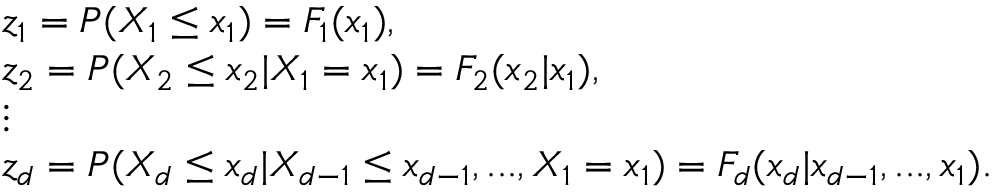
\begin{array} { r l } & { z _ { 1 } = P ( X _ { 1 } \leq x _ { 1 } ) = F _ { 1 } ( x _ { 1 } ) , } \\ & { z _ { 2 } = P ( X _ { 2 } \leq x _ { 2 } | X _ { 1 } = x _ { 1 } ) = F _ { 2 } ( x _ { 2 } | x _ { 1 } ) , } \\ & { \vdots } \\ & { z _ { d } = P ( X _ { d } \leq x _ { d } | X _ { d - 1 } \leq x _ { d - 1 } , . . . , X _ { 1 } = x _ { 1 } ) = F _ { d } ( x _ { d } | x _ { d - 1 } , . . . , x _ { 1 } ) . } \end{array}